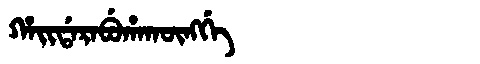
Manchu: ᡥᠠᡳᡩᠠᡵᠠᠪᡠᡥᠠᡴᡡᠩᡤᡝ
Romanization: HAIDARABUHAKŪNGGE